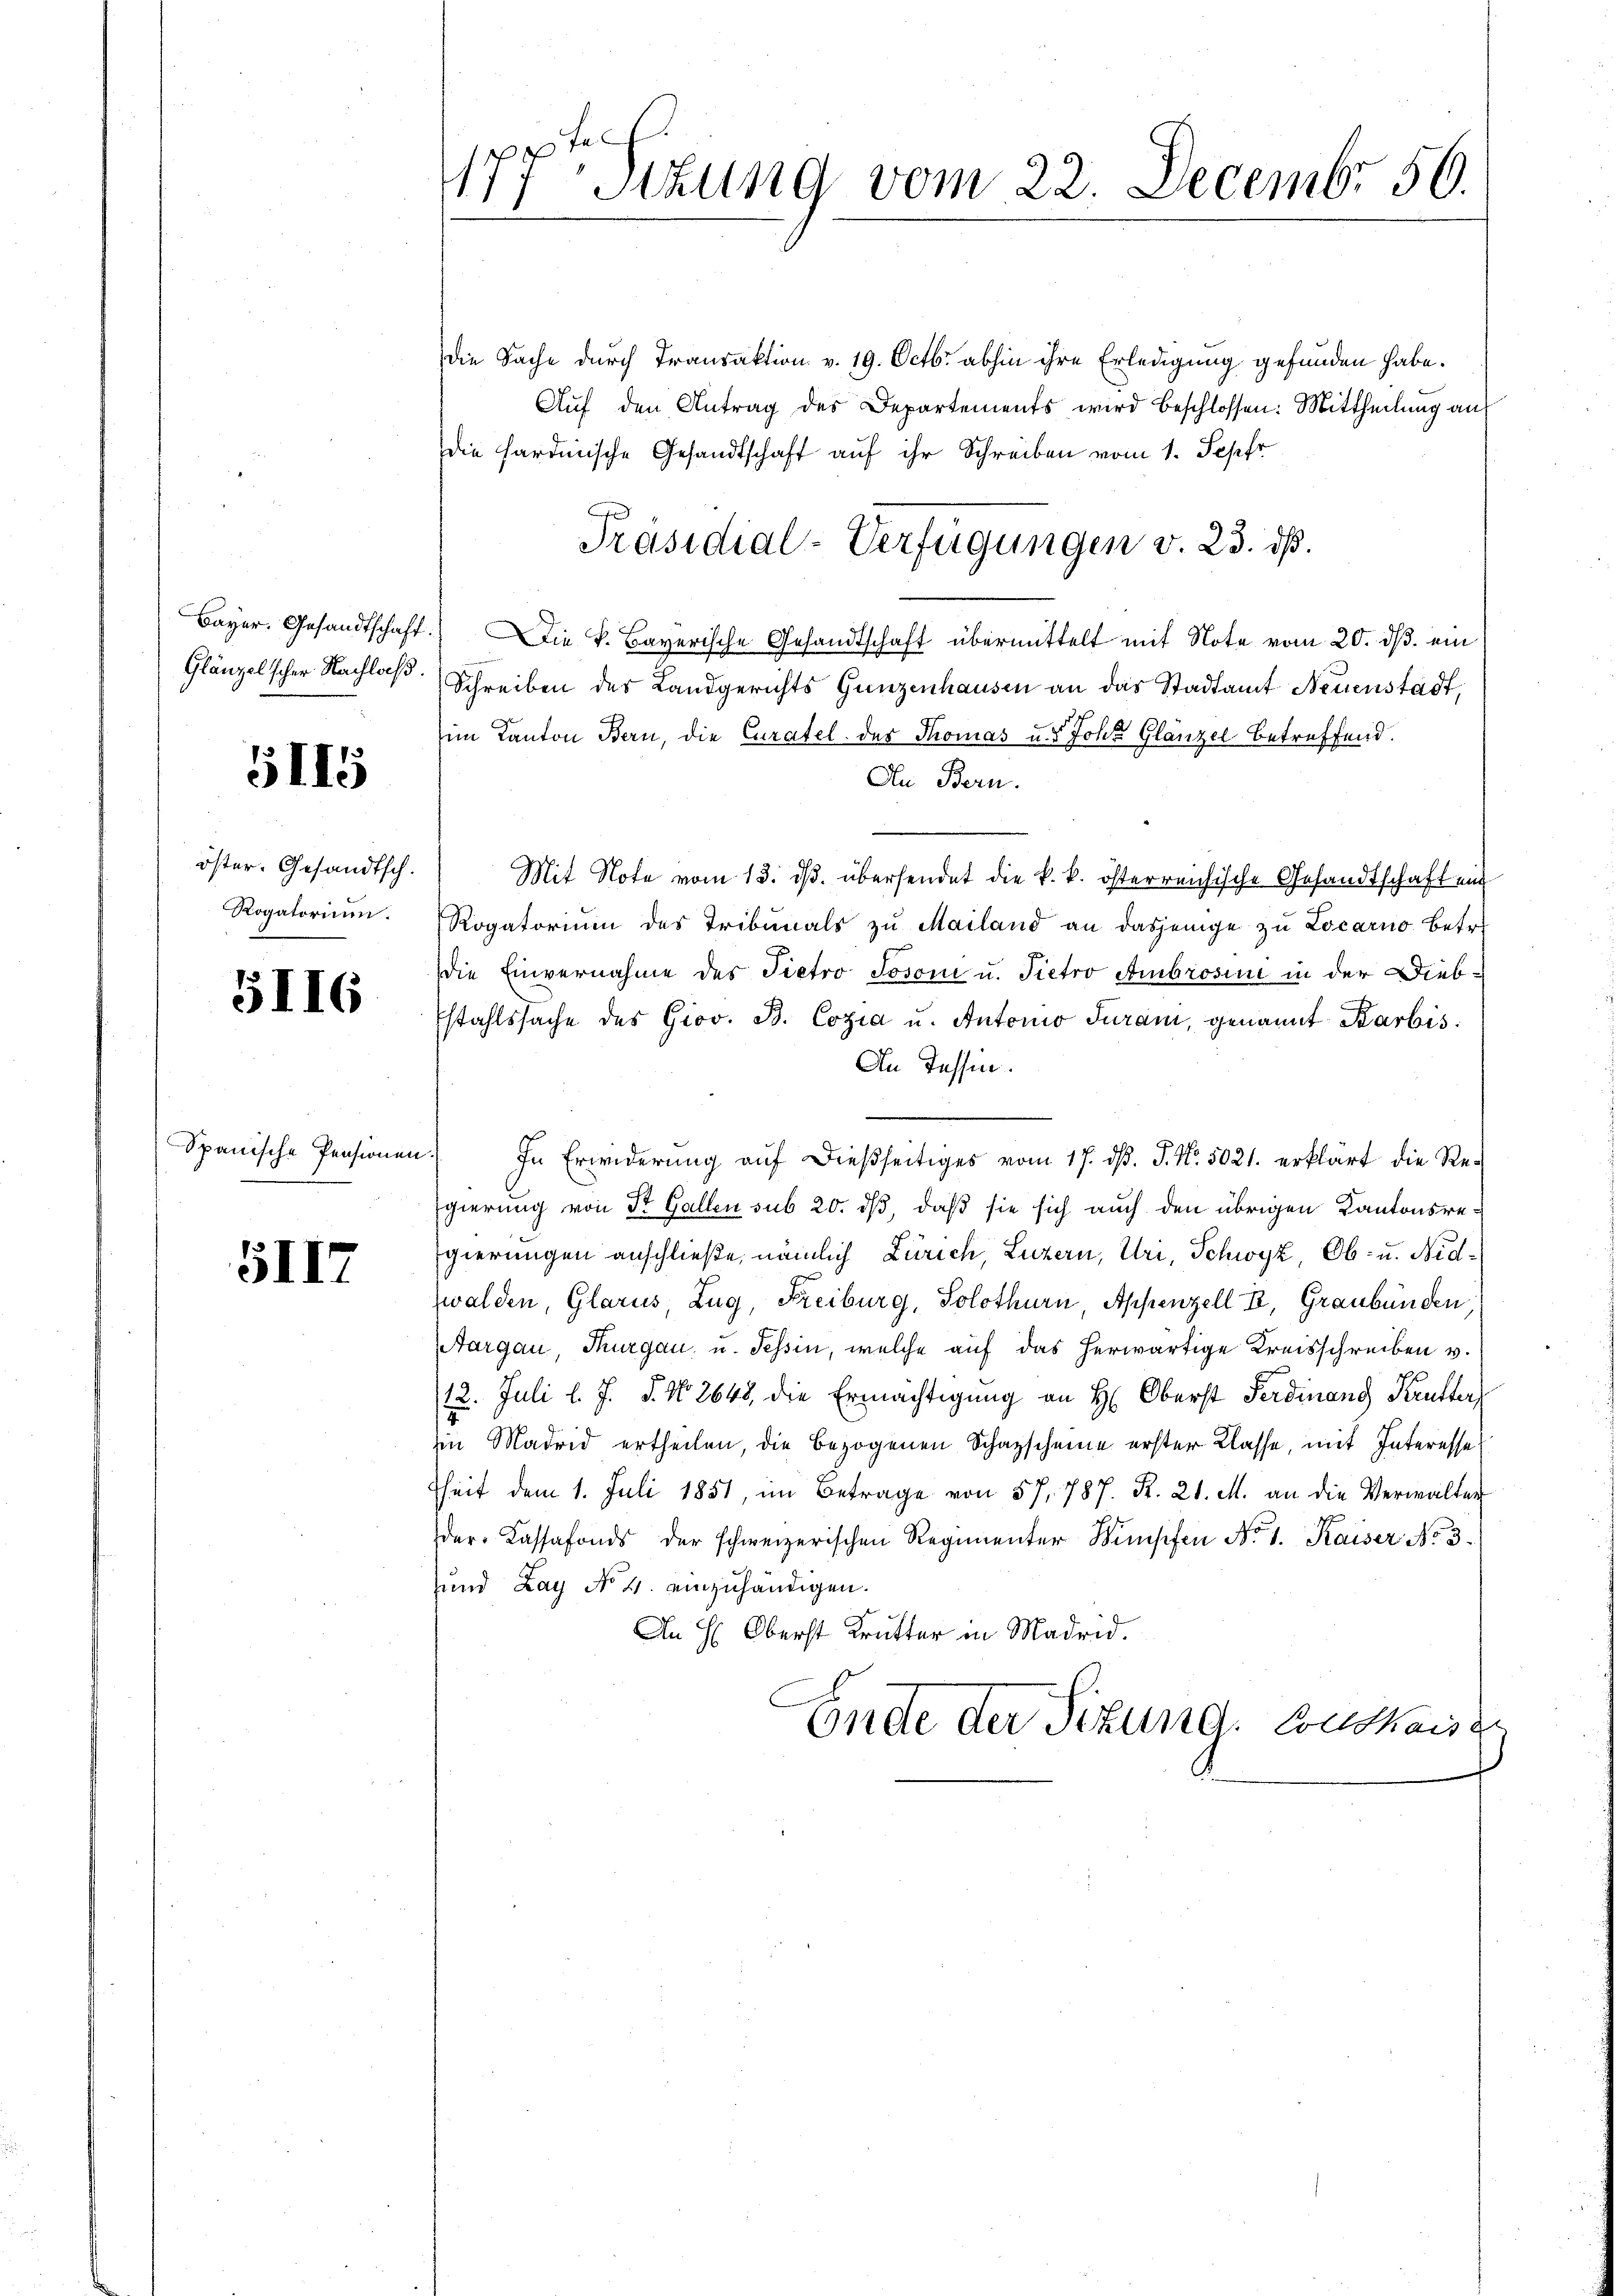
Glänzel scher Nachlaß.

5115

öster. Gesandtsch.
Rogatorium.

5116

Spanische Pensionen

5117

Die Sache durch Transaktion v. 19. Octbr. abhin ihre Erledigung gefunden habe.
Aŭf den Antrag des Departements wird beschlossen: Mittheilung auf
die sardinische Gesandtschaft auf ihr Schreiben vom 1. Sepfr
Bayer. Gesandtschaft. Die k. Bayerische Gesandtschaft übermittelt mit Note vom 20. ds. ein

Schreiben des Landgerichts Ganzenhausen an das Stadtamt Neuenstadt,
im Kanton Bern, die Curatel der Thomas u. 5 Johs. Glanzel betreffend.
An Bern.
Mit Note vom 13. ds. übersendet die k. k. österreichische Gesandtschaften
Rogatorium des Tribunals zŭ Mailand an dasjenige zŭ Locarno betr.
die Einvernahme des Pietro Tosoni u. Pietro Ambrosini in der Dieb¬
Estahlssache des Giov. B. Cozia u. Antonio Juram, genannt Karbis.
An Tessin.
s
In Erwiderŭng aŭf dießseitiges vom 17. dβ. J. N. 5021. erklärt die Re-
Egierung von St. Gallen sub 20. ds, daß sie sich auch den übrigen Kantonsregierungen anschließe, nämlich Zürich, Luzern, Uri, Schwyz, Ob- u. Nidzwalden, Glarus, Zug, Freiburg, Solothurn, Appenzell E. Graubünden
Aargau, Thurgau u. Tessin, welche auf das herwärtige Kreisschreiben v.
(12. Juli l. J. J. No. 2648, die Ermächtigung an H: Oberst Ferdinanz Kutter,
Ein Madrid ertheilen, die bezogenen Schazscheine erster Klasse, mit Interesse
heit dem 1. Juli 1851, im Betrage von 57, 787. R. 21. M. an die Verwalten
der Kassafonds der schweizerischen Regimenter Mischen No 1. Kaiser No. 3.
und Lay No 4. einzuhändigen.
An H: Oberst Krutter in Madrid.
Ende der Sitzung. Southaise

177ten Sitzung vom 22. Decembr 50.

Präsidial-Verfügungen v. 23. dß.